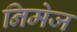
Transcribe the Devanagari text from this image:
निमेज